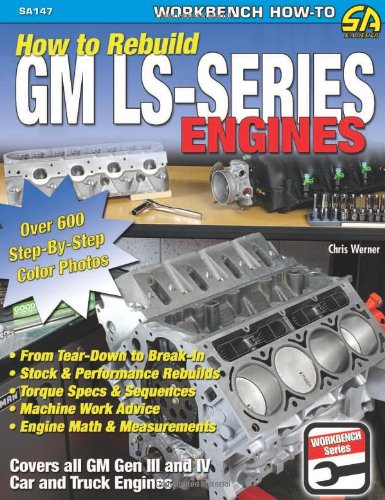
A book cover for How to Rebuild GM LS-Series Engines (S-A Design); Chris Werner; Engineering & Transportation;